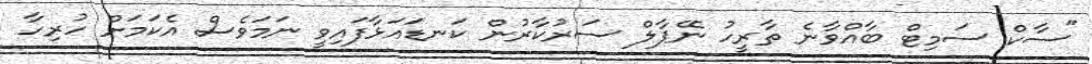
"ސާކް ސަމިޓް ބާއްވާނެ ތާރީހު ނޭޕާލް ސަރުކާރުން ކަނޑައަޅާފައިވީ ނަމަވެސް އެކަމަށް ހުރިހާ